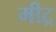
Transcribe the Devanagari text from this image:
मीट्र